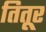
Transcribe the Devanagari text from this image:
तितूर